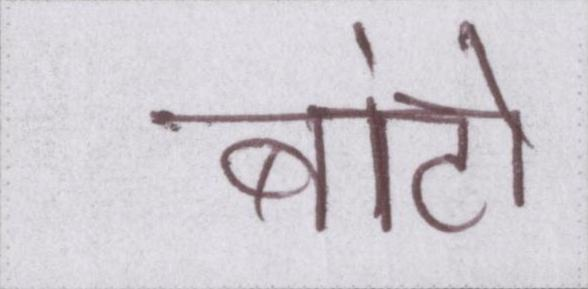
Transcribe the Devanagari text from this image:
बांटो